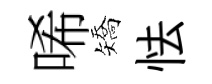
唏矯怯